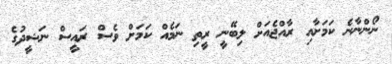
ނޯންނާނެ ކަމަށާއި ރާއްޖެއަށް ލިބޭނީ ރީތި ނަމެއް ކަމަށް ވެސް ރައީސް ނަޝީދުގެ